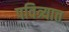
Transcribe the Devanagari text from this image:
पवित्र्यात